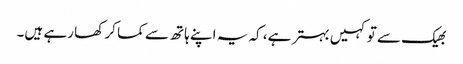
بھیک سے تو کہیں بہتر ہے، کہ یہ اپنے ہاتھ سے کما کر کھا رہے ہیں۔